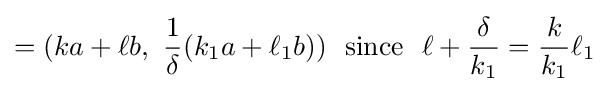
=(ka+\ell b,\ {\frac {1}{\delta }}(k_{1}a+\ell _{1}b))\ \ {\text{since}}\ \ \ell +{\frac {\delta }{k_{1}}}={\frac {k}{k_{1}}}\ell _{1}